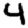
Digit: 4